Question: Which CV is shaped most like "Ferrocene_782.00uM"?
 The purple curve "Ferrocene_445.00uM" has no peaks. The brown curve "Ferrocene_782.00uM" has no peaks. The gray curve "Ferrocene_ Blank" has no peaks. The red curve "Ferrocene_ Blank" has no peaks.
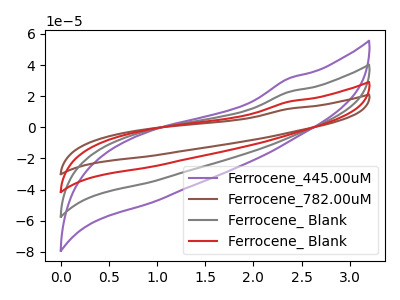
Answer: <think>Neither "Ferrocene_445.00uM" or "Ferrocene_782.00uM" have any peaks. Neither "Ferrocene_445.00uM" or "Ferrocene_ Blank" have any peaks. Neither "Ferrocene_445.00uM" or "Ferrocene_ Blank" have any peaks. Neither "Ferrocene_782.00uM" or "Ferrocene_ Blank" have any peaks. Neither "Ferrocene_782.00uM" or "Ferrocene_ Blank" have any peaks. Neither "Ferrocene_ Blank" or "Ferrocene_ Blank" have any peaks.
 </think>
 <answer>"Ferrocene_782.00uM", "Ferrocene_ Blank" and "Ferrocene_ Blank" have a similar shape to "Ferrocene_445.00uM".</answer>
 <eval>"Ferrocene_782.00uM" "Ferrocene_ Blank" "Ferrocene_ Blank"</eval>